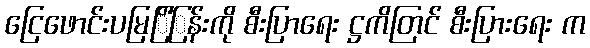
ငြေဖောင်းပမြြိံြန်းကို စီးပြာရေး ဋ္ဌကိတြင် စီးပြားရေး က